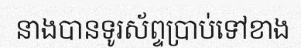
នាងបានទូរស័ព្ទប្រាប់ទៅខាង